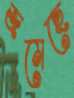
জমেছে